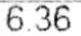
6.36